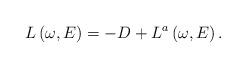
LaTeX: \begin{align*}L\left(\omega,E\right)=-D+L^{a}\left(\omega,E\right).\end{align*}